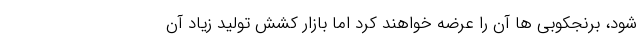
شود، برنجکوبی ها آن را عرضه خواهند کرد اما بازار کشش تولید زیاد آن